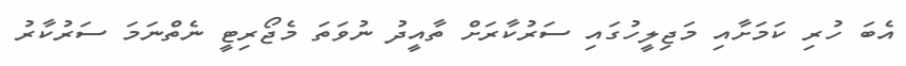
އެބަ ހުރި ކަމަށާއި މަޖިލީހުގައި ސަރުކާރަށް ތާއީދު ނުވަތަ މެޖޯރިޓީ ނެތްނަމަ ސަރުކާރު